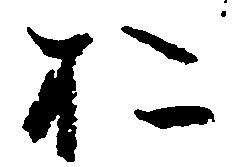
於